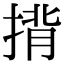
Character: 揹